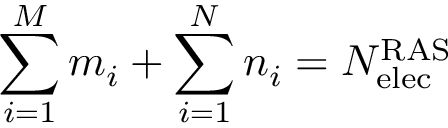
\sum _ { i = 1 } ^ { M } m _ { i } + \sum _ { i = 1 } ^ { N } n _ { i } = N _ { \mathrm { e l e c } } ^ { \mathrm { R A S } }